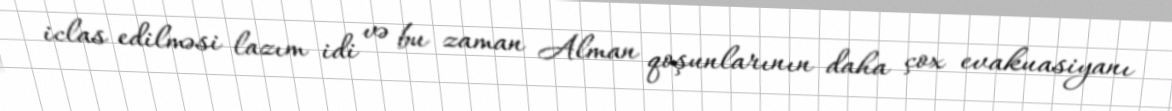
iclas edilməsi lazım idi və bu zaman Alman qoşunlarının daha çox evakuasiyanı